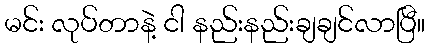
မင်း လုပ်တာနဲ့ ငါ နည်းနည်းချချင်လာပြီ။